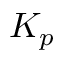
K _ { p }